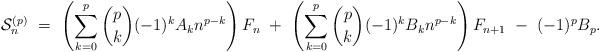
LaTeX: \begin{align*}\mathcal{S}_n^{(p)} \ = \ \left(\sum_{k=0}^p \binom{p}{k} (-1)^k A_k n^{p-k}\right) F_n\ + \ \left(\sum_{k=0}^p \binom{p}{k} (-1)^k B_k n^{p-k}\right) F_{n+1} \ - \ (-1)^p B_p.\end{align*}